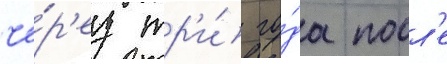
че́р'ез тр'и́ го́да посл'е